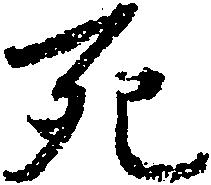
死